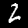
Digit: 2